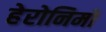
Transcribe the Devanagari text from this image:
हेरोनिमो